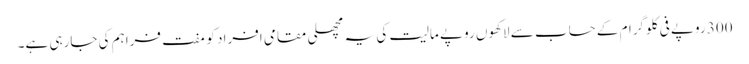
300 روپے فی کلوگرام کے حساب سے لاکھوں روپے مالیت کی یہ مچھلی مقامی افراد کو مفت فراہم کی جارہی ہے۔